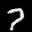
Digit: 7